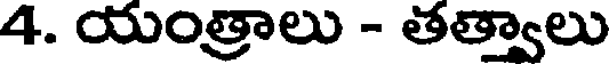
4. యంత్రాలు - తత్వాలు